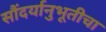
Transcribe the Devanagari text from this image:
सौंदर्यानुभूतीचा